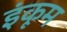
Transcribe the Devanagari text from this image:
इंकूम